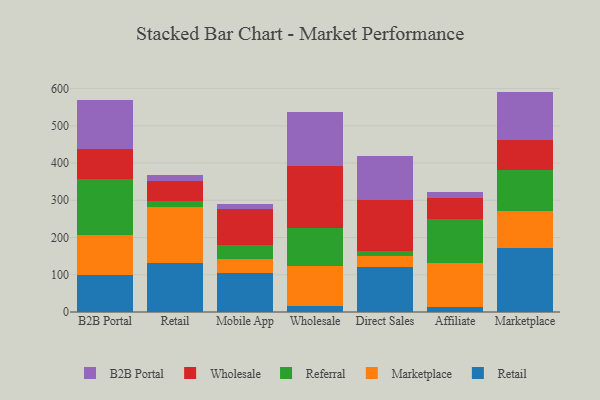
{"axis": {"x": "Channel", "y": "Backlog"}, "legend": ["B2B Portal", "Marketplace", "Referral", "Retail", "Wholesale"], "data": [{"x": "B2B Portal", "y": 98.4, "type": "Retail"}, {"x": "B2B Portal", "y": 109.2, "type": "Marketplace"}, {"x": "B2B Portal", "y": 148.9, "type": "Referral"}, {"x": "B2B Portal", "y": 81.4, "type": "Wholesale"}, {"x": "B2B Portal", "y": 131.7, "type": "B2B Portal"}, {"x": "Retail", "y": 130.8, "type": "Retail"}, {"x": "Retail", "y": 152.2, "type": "Marketplace"}, {"x": "Retail", "y": 16.3, "type": "Referral"}, {"x": "Retail", "y": 51.4, "type": "Wholesale"}, {"x": "Retail", "y": 17.6, "type": "B2B Portal"}, {"x": "Mobile App", "y": 104.5, "type": "Retail"}, {"x": "Mobile App", "y": 37.6, "type": "Marketplace"}, {"x": "Mobile App", "y": 38.6, "type": "Referral"}, {"x": "Mobile App", "y": 96.6, "type": "Wholesale"}, {"x": "Mobile App", "y": 12.2, "type": "B2B Portal"}, {"x": "Wholesale", "y": 16.2, "type": "Retail"}, {"x": "Wholesale", "y": 107.3, "type": "Marketplace"}, {"x": "Wholesale", "y": 102.6, "type": "Referral"}, {"x": "Wholesale", "y": 166.4, "type": "Wholesale"}, {"x": "Wholesale", "y": 145.8, "type": "B2B Portal"}, {"x": "Direct Sales", "y": 120.9, "type": "Retail"}, {"x": "Direct Sales", "y": 30.6, "type": "Marketplace"}, {"x": "Direct Sales", "y": 12.6, "type": "Referral"}, {"x": "Direct Sales", "y": 135.9, "type": "Wholesale"}, {"x": "Direct Sales", "y": 119.6, "type": "B2B Portal"}, {"x": "Affiliate", "y": 12.2, "type": "Retail"}, {"x": "Affiliate", "y": 119.7, "type": "Marketplace"}, {"x": "Affiliate", "y": 119.2, "type": "Referral"}, {"x": "Affiliate", "y": 54.2, "type": "Wholesale"}, {"x": "Affiliate", "y": 16.7, "type": "B2B Portal"}, {"x": "Marketplace", "y": 173.1, "type": "Retail"}, {"x": "Marketplace", "y": 98.2, "type": "Marketplace"}, {"x": "Marketplace", "y": 108.8, "type": "Referral"}, {"x": "Marketplace", "y": 81.9, "type": "Wholesale"}, {"x": "Marketplace", "y": 129.9, "type": "B2B Portal"}]}